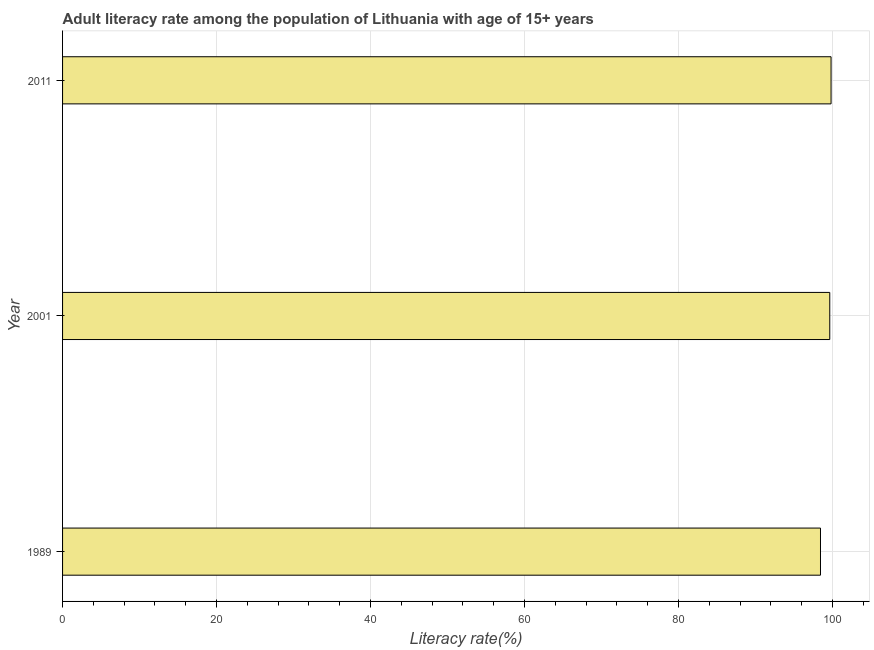
| Year | Adult literacy rate |
 | --- | --- |
 | 1989 | 98.4 |
 | 2001 | 99.6 |
 | 2011 | 99.8 |